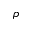
\rho